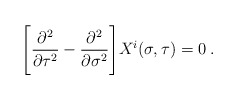
\begin{align*}\Biggl[ \frac{\partial^2}{\partial \tau^2}-\frac{\partial^2}{\partial \sigma^2} \Biggr]X^i (\sigma,\tau) = 0 \>.\end{align*}